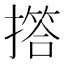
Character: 撘